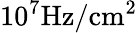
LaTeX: \mathrm{10^{7}Hz/cm^{2}}